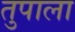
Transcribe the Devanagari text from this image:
तुपाला